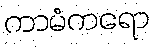
ကာမံကရော